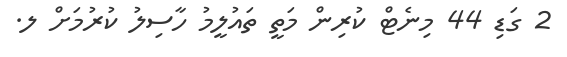
2 ގަޑި 44 މިނެޓް ކުރިން މަތީ ތައުލީމު ހާސިލު ކުރުމަށް ލ.